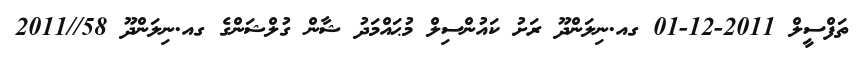
ތަފްސީލް 2011-12-01 ގއ.ނިލަންދޫ ރަށު ކައުންސިލް މުޙައްމަދު ޝާން ގުލްޝަންގެ ގއ.ނިލަންދޫ 58//2011